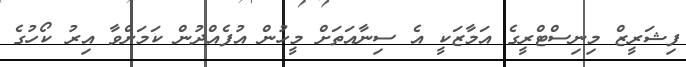
ފިޝަރީޒް މިނިސްޓްރީގެ އަމާޒަކީ އެ ސިނާއަތަށް މީހުން އުފެއްދުން ކަމަށްވާ އިރު ކޯހުގެ